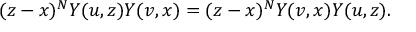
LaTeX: ( z - x ) ^ { N } Y ( u , z ) Y ( v , x ) = ( z - x ) ^ { N } Y ( v , x ) Y ( u , z ) .